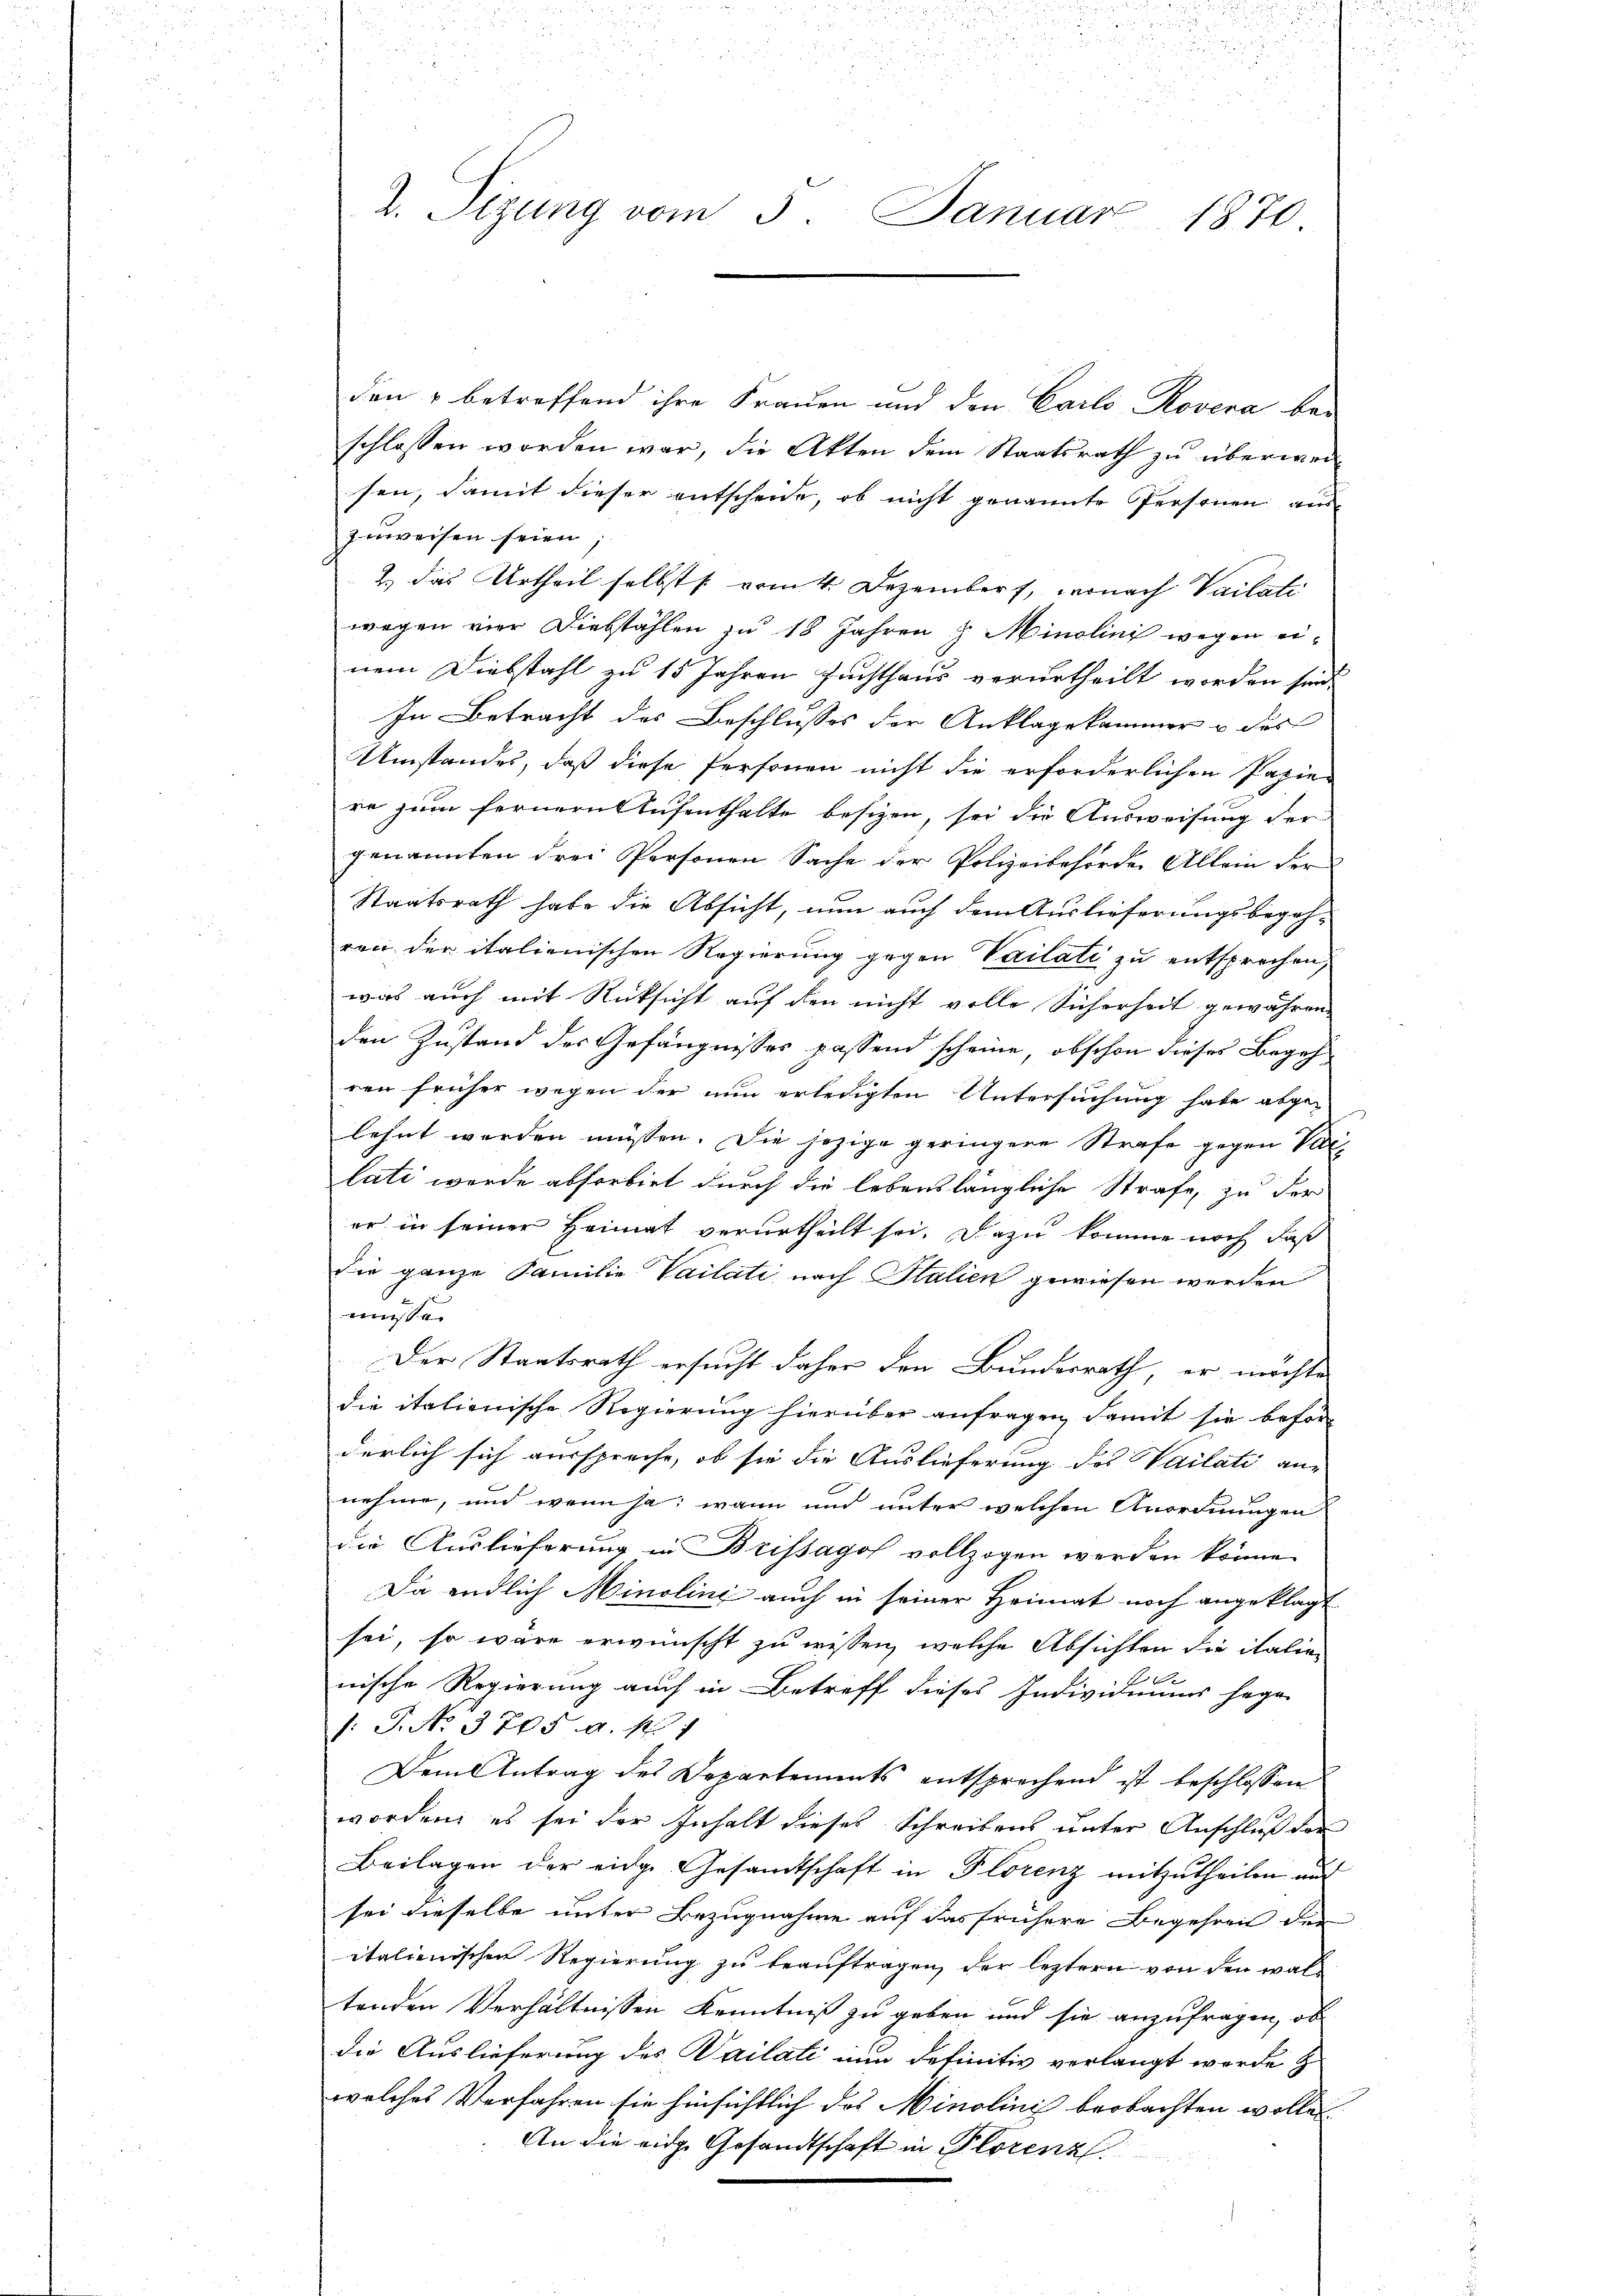
den & betreffend ihre Frauen und den Carlo Rovera bei
schlossen worden war, die Akten dem Staatsrath zu überweisen, damit dieser entscheide, ob nicht genannte Personen aus
zuweisen seien.
2.) Das Urtheil selbst [ vom 4. Dezember, wonach Vailati
wegen vier Diebstählen zu 18 Jahren u. Minolini wegen einem Diebstahl zu 15 Jahren Zuchthaus verurtheilt worden sind.
In Betracht des Beschlusses der Anklagekammer u des
Umstandes, daß diese Personen nicht die erforderlichen Papier
re zum fernern Aufenthalte besizen, sei die Ausweisung der
genannten drei Personen Sache der Polizeibehörden Allein der
Staatsrath habe die Absicht, nun auch dem Auslieferungsbegehren der italienischen Regierung gegen Vailati zu entsprechen,
was auch mit Rücksicht auf den nicht volle Sicherheit gewähren,
den Zustand des Gefängnisses passend scheine, obschon dieses Begehren früher wegen der nun erledigten Untersuchung habe abge-
lehnt werden müssen. Die jezige geringere Strafe gegen Vat
lati wurde absorbiet durch die lebenslängliche Strafe, zu der
er in seiner Heimat verurtheilt sei. Dazu komme noch daß
Die ganze Familie Vailati nach Italien gewiesen werden
müsse.
Der Staatsrath ersucht daher den Bundesrath, er möchte
die italienische Regierung hierüber anfragen, damit sie beförderlich sich ausspreche, ob sie die Auslieferung des Wailati an-
nehme, und wenn ja, wann und unter welchen Anordnungen
die Auslieferung in Brissagof vollzogen werden könne.
Da endlich Minolini auch in seiner Heimat noch angeklagt
sei, so wäre erwünscht zu wissen, welche Absichten die italie
1
nische Regierung auch in Betreff dieses Individuums here
/: P. No. 3705. a. 17
Dem Antrag des Departements entsprechend ist beschlossen
worden, es sei der Inhalt dieses Schreibens unter Anschluß der
Beilagen der eidge Gesandtschaft in Florenz mitzutheilen auf
sei dieselbe unter Bezugnahme auf das frühere Begehren der
italienischen Regierung zu beauftragen, der leztern von den waltenden Verhältnissen Kenntniß zu geben und sie anzufragen, ob
die Auslieferung des Sailati nun definitiv verlangt werde z
welches Verfahren sie hinsichtlich das Minolinis beobachten wollen.
An die eige Gesandtschaft in Florenz

2. Sizung vom 3. Januar 1870